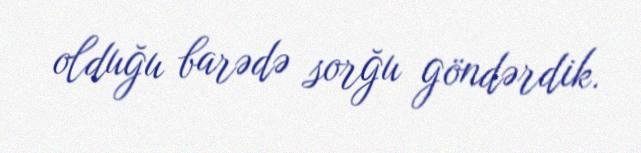
olduğu barədə sorğu göndərdik.